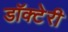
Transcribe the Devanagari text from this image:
डॉक्टेरी